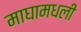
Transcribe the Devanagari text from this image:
माघामधली